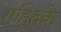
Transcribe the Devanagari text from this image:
गृहितके